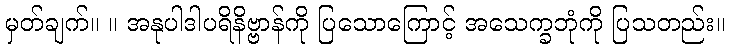
မှတ်ချက်။ ။ အနုပါဒါပရိနိဗ္ဗာန်ကို ပြသောကြောင့် အသေက္ခဘုံကို ပြသတည်း။